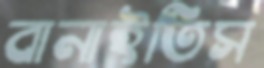
বানাইতিস